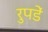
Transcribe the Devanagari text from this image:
रुपडें